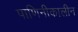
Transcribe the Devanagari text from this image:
पाणिनीकालीन